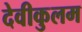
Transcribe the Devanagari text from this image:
देवीकुलम